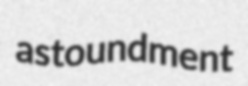
astoundment